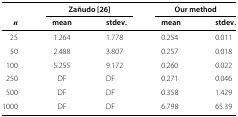
<table><thead><tr><td><b> </b></td><td colspan="2"><b>Zañudo [26]</b></td><td colspan="2"><b>Our method</b></td></tr><tr><td><b> <i>n</i></b></td><td><b>mean</b></td><td><b>stdev.</b></td><td><b>mean</b></td><td><b>stdev.</b></td></tr></thead><tbody><tr><td> 25</td><td>1.264</td><td>1.778</td><td>0.254</td><td>0.011</td></tr><tr><td> 50</td><td>2.488</td><td>3.807</td><td>0.257</td><td>0.018</td></tr><tr><td> 100</td><td>5.255</td><td>9.172</td><td>0.260</td><td>0.022</td></tr><tr><td> 250</td><td>DF</td><td>DF</td><td>0.271</td><td>0.046</td></tr><tr><td> 500</td><td>DF</td><td>DF</td><td>0.358</td><td>1.429</td></tr><tr><td>1000</td><td>DF</td><td>DF</td><td>6.798</td><td>65.39</td></tr></tbody></table>